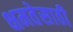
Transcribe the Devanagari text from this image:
क्षमतेसाठी